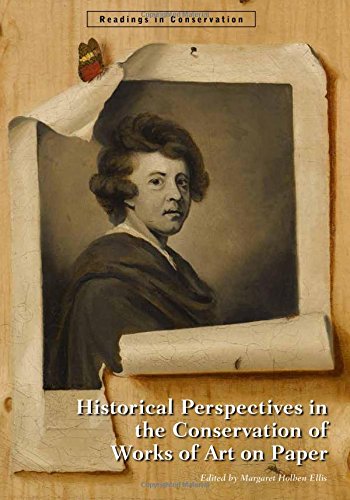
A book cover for Historical Perspectives in the Conservation of Works of Art on Paper (Readings in Conservation); Politics & Social Sciences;